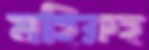
মহিরুহ